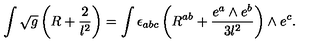
\int \sqrt { g } \left( R + \frac { 2 } { l ^ { 2 } } \right) = \int \epsilon _ { a b c } \left( R ^ { a b } + \frac { e ^ { a } \wedge e ^ { b } } { 3 l ^ { 2 } } \right) \wedge e ^ { c } .